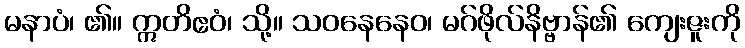
မနာပံ၊ ၏။ ဣတိဧဝံ၊ သို့။ သဝနေနေဝ၊ မဂ်ဖိုလ်နိဗ္ဗာန်၏ ကျေးဇူးကို